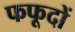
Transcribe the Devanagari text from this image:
फफूदों